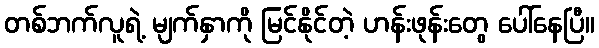
တစ်ဘက်လူရဲ့ မျက်နှာကို မြင်နိုင်တဲ့ ဟန်းဖုန်းတွေ ပေါ်နေပြီ။